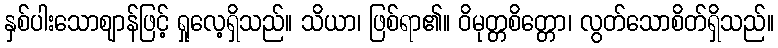
နှစ်ပါးသောဈာန်ဖြင့် ရှုလေ့ရှိသည်။ သိယာ၊ ဖြစ်ရာ၏။ ဝိမုတ္တစိတ္တော၊ လွတ်သောစိတ်ရှိသည်။